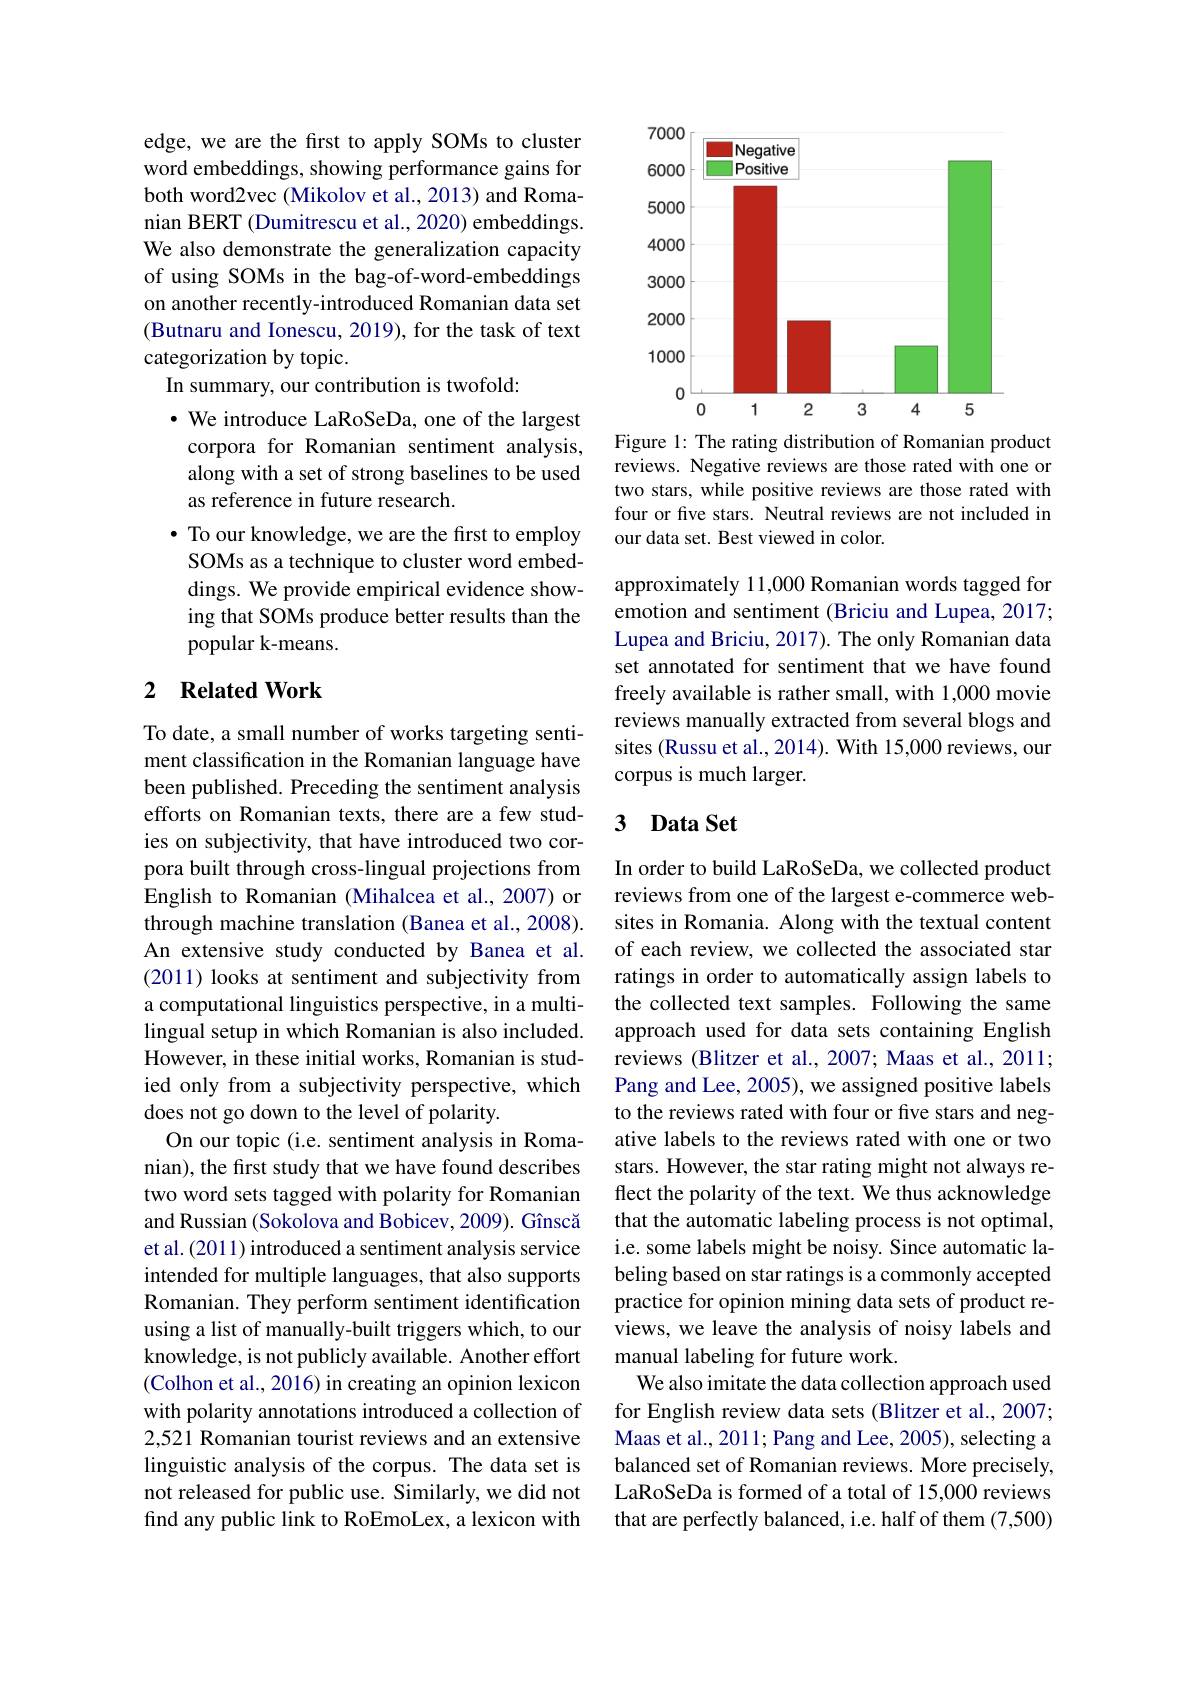
edge, we are the first to apply SOMs to cluster word embeddings, showing performance gains for both word2vec (Mikolov et al., 2013) and Romanian BERT (Dumitrescu et al., 2020) embeddings. We also demonstrate the generalization capacity of using SOMs in the bag-of-word-embeddings on another recently-introduced Romanian data set (Butnaru and Ionescu, 2019), for the task of text categorization by topic.
In summary, our contribution is twofold:
· We introduce LaRoSeDa, one of the largest corpora for Romanian sentiment analysis, along with a set of strong baselines to be used as reference in future research.
$\bullet$ To our knowledge, we are the first to employ SOMs as a technique to cluster word embeddings. We provide empirical evidence showing that SOMs produce better results than the popular k-means.

## 2 Related Work

To date, a small number of works targeting sentiment classification in the Romanian language have been published. Preceding the sentiment analysis efforts on Romanian texts, there are a few studies on subjectivity, that have introduced two corpora built through cross-lingual projections from English to Romanian (Mihalcea et al., 2007) or through machine translation (Banea et al., 2008). An extensive study conducted by Banea et al. (2011) looks at sentiment and subjectivity from a computational linguistics perspective, in a multilingual setup in which Romanian is also included. approach used for data sets containing English
However, in these initial works, Romanian is studied only from a subjectivity perspective, which does not go down to the level of polarity.
On our topic (i.e. sentiment analysis in Romanian), the first study that we have found describes two word sets tagged with polarity for Romanian and Russian (Sokolova and Bobicev, 2009). Gînscă et al. (2011) introduced a sentiment analysis service intended for multiple languages, that also supports Romanian. They perform sentiment identification using a list of manually-built triggers which, to our knowledge, is not publicly available. Another effort (Colhon et al., 2016) in creating an opinion lexicon with polarity annotations introduced a collection of 2,521 Romanian tourist reviews and an extensive linguistic analysis of the corpus. The data set is not released for public use. Similarly, we did not find any public link to RoEmoLex, a lexicon with

<FigureHere>

Figure 1: The rating distribution of Romanian product reviews. Negative reviews are those rated with one or two stars, while positive reviews are those rated with four or five stars. Neutral reviews are not included in our data set. Best viewed in color.

approximately 11,000 Romanian words tagged for emotion and sentiment (Briciu and Lupea, 2017; Lupea and Briciu, 2017). The only Romanian data set annotated for sentiment that we have found freely available is rather small, with 1,000 movie reviews manually extracted from several blogs and sites (Russu et al., 2014). With 15,000 reviews, our corpus is much larger.

### 3 $\textbf{Data Set}$

In order to build LaRoSeDa, we collected product reviews from one of the largest e-commerce websites in Romania. Along with the textual content of each review, we collected the associated star ratings in order to automatically assign labels to the collected text samples. Following the same reviews (Blitzer et al., 2007; Maas et al., 2011; Pang and Lee, 2005), we assigned positive labels to the reviews rated with four or five stars and negative labels to the reviews rated with one or two stars. However, the star rating might not always reflect the polarity of the text. We thus acknowledge that the automatic labeling process is not optimal, i.e. some labels might be noisy. Since automatic labeling based on star ratings is a commonly accepted practice for opinion mining data sets of product reviews, we leave the analysis of noisy labels and manual labeling for future work
We also imitate the data collection approach used for English review data sets (Blitzer et al., 2007; Maas et al., 2011; Pang and Lee, 2005), selecting a balanced set of Romanian reviews. More precisely, LaRoSeDa is formed of a total of 15,000 reviews that are perfectly balanced, i.e. half of them (7,500)